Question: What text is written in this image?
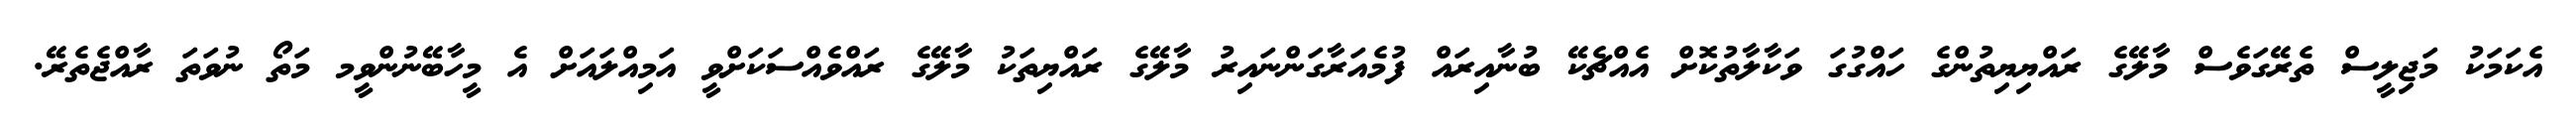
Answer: އެކަމަކު މަޖިލީސް ތެރޭގަވެސް މާލޭގެ ރައްޔިޔިތުންގެ ހައްގުގަ ވަކާލާތުކޮށް އެއްޗެކޭ ބުނާއިރައް ފުމެއަރާގަންނައިރު މާލޭގެ ރައްޔިތަކު މާލޭގެ ރައްވެއްސަކަށްވީ އަމިއްލައަށް އެ މީހާބޭނުންވީމ މަތޯ ނުވަތަ ރާއްޖެތެރޭ.